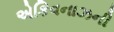
એકિવનાઝની